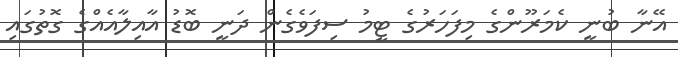
އޭނާ ބުނީ ކެމަރޫންގެ މިފަހަރުގެ ޓީމު ސިފަވެގެން ދަނީ ބޮޑު އާއިލާއެއްގެ ގޮތުގައި